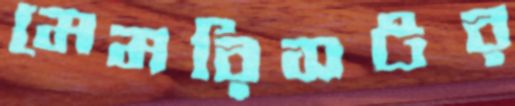
মেমরিসটর